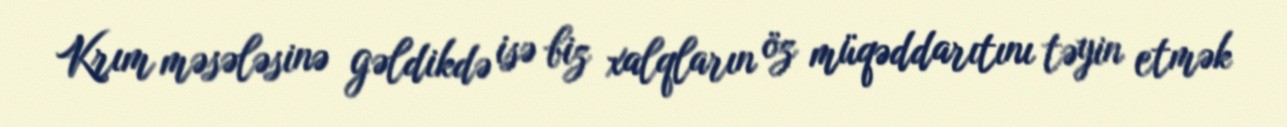
Krım məsələsinə gəldikdə isə biz xalqların öz müqəddarıtını təyin etmək